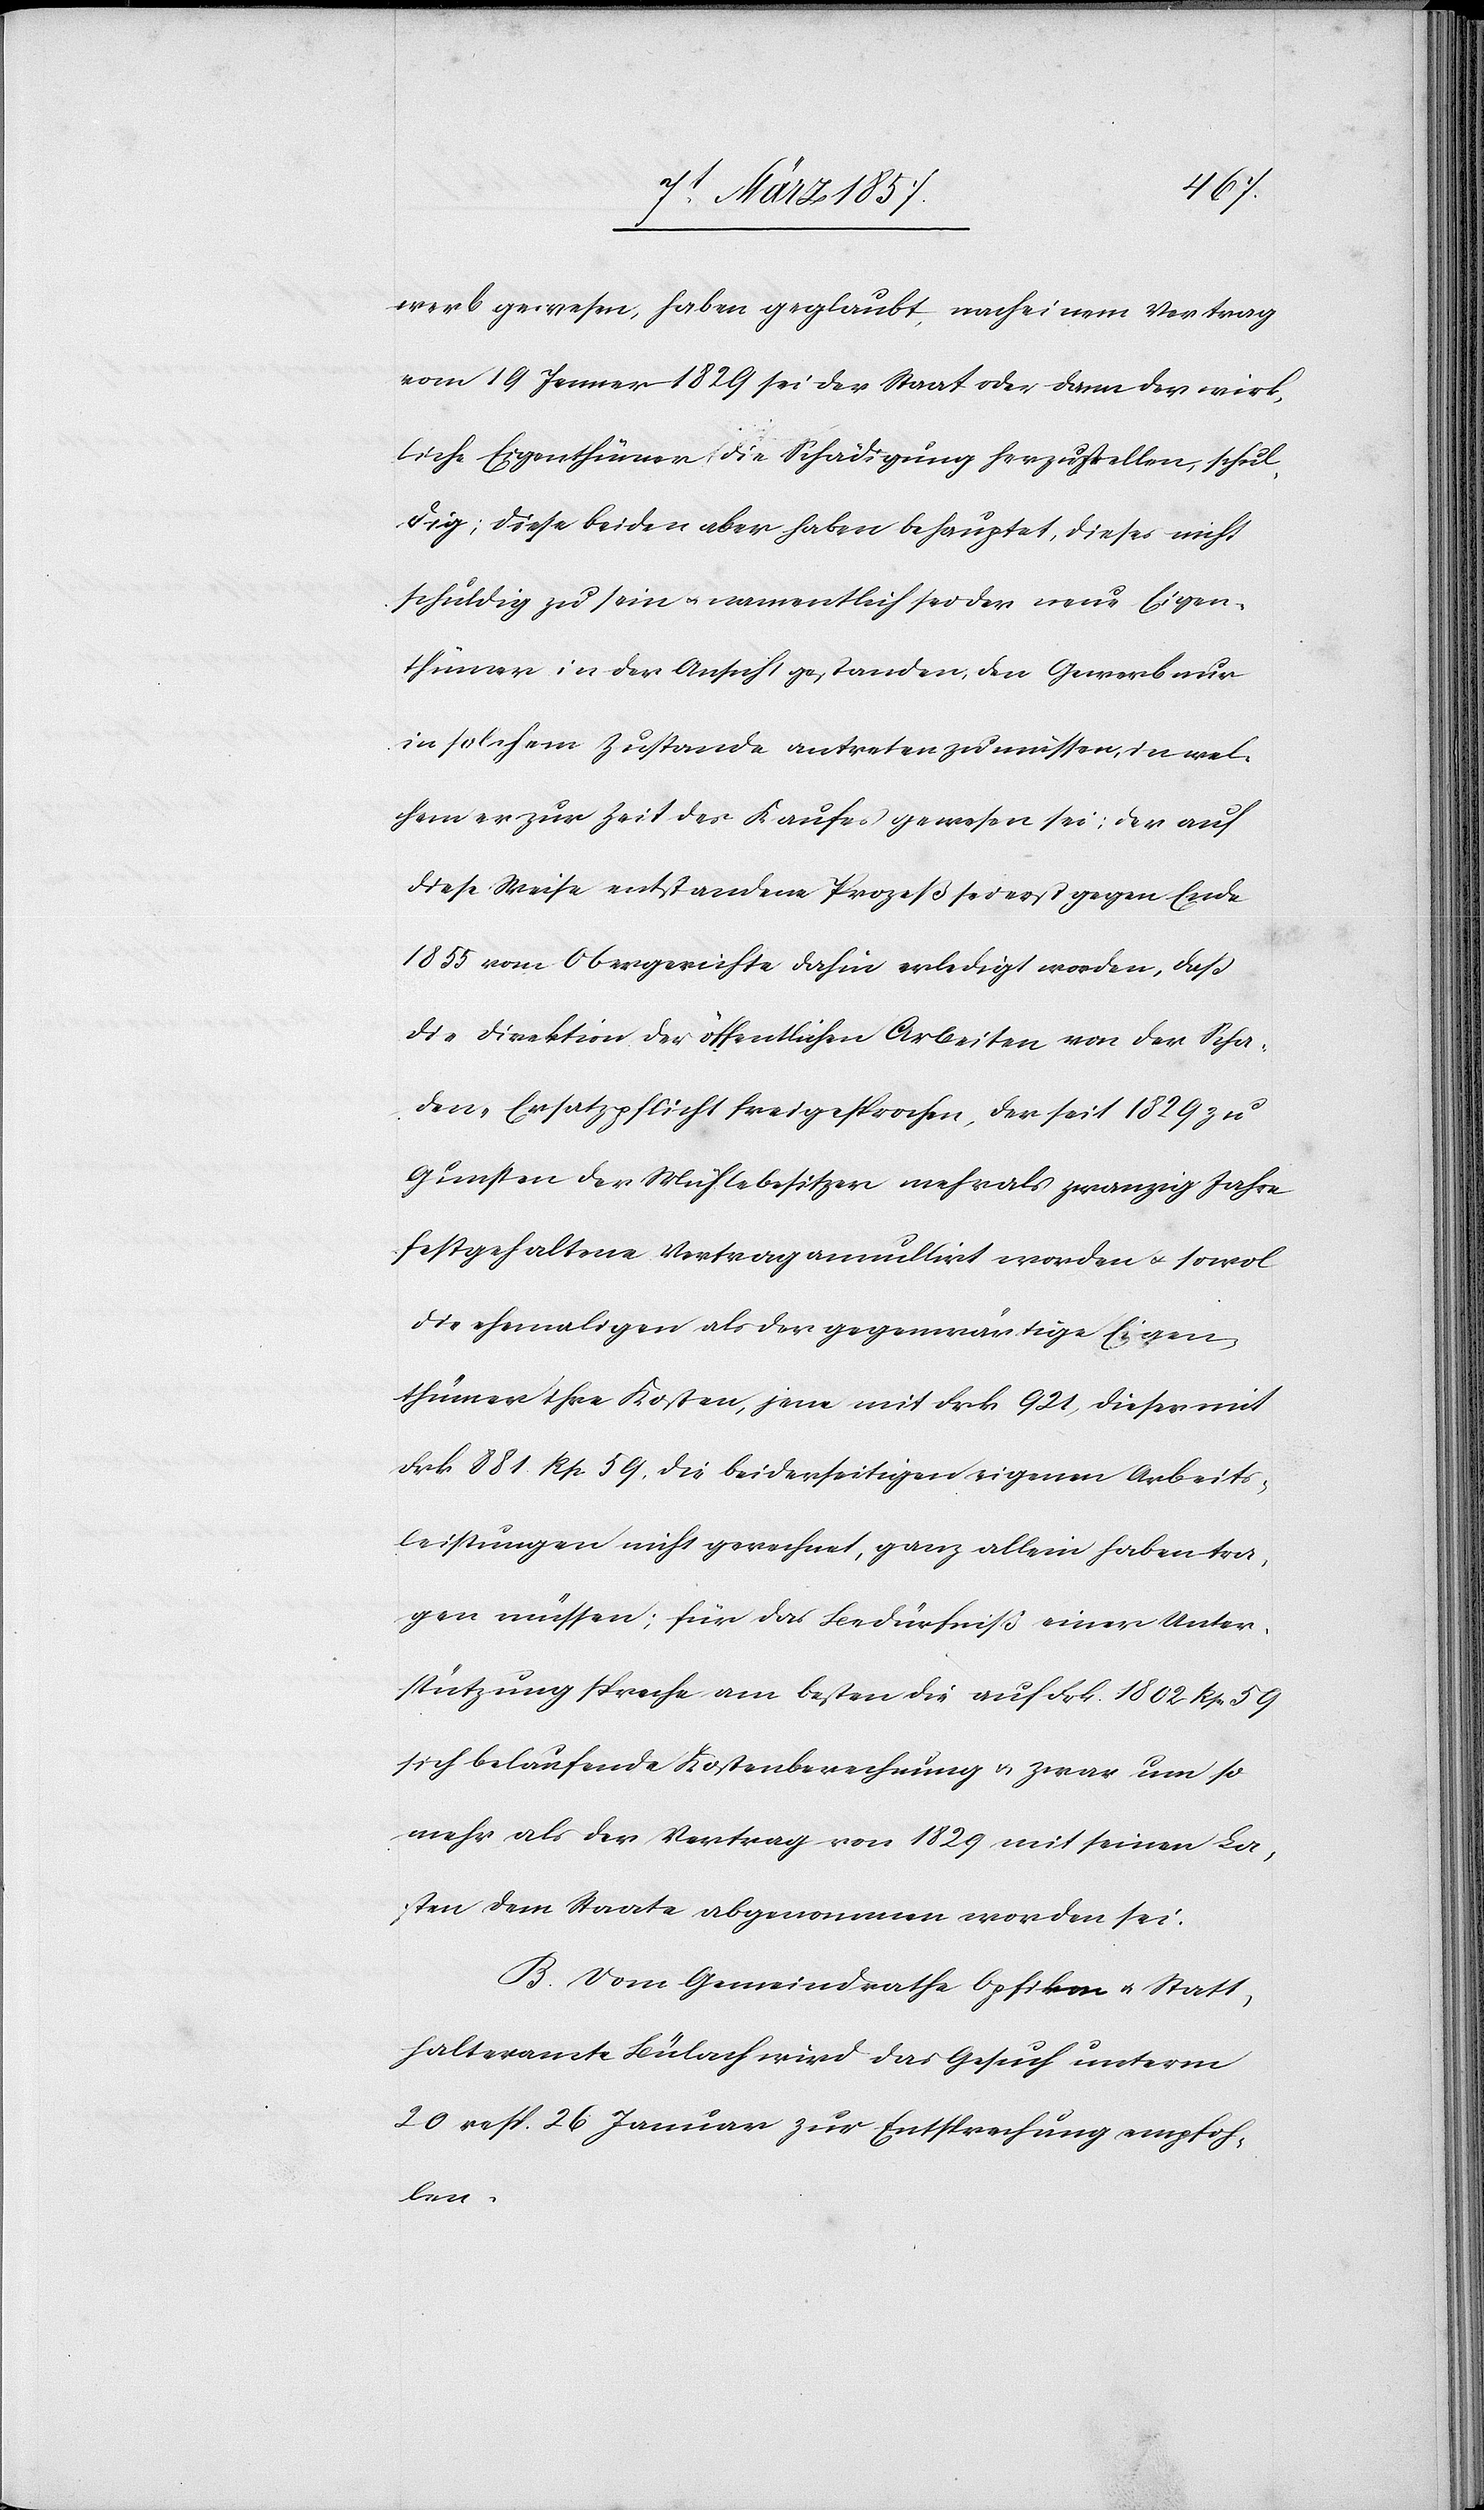
werb gewesen, haben geglaubt, nach einem Vertrag
vom 19 Jenner 1829 sei der Staat oder dann der wirk¬
liche Eigenthümer die Schädigung herzustellen, schul¬
dig; diese beiden aber haben behauptet, dieses nicht
schuldig zu sein u. namentlich sei der neue Eigen¬
thümer in der Ansicht gestanden, den Gewerb nur
in solchem Zustande antreten zu müssen, in wel¬
chem er zur Zeit des Kaufes gewesen sei; der auf
diese Weise entstandene Prozeß sei erst gegen Ende
1855 vom Obergerichte dahin erledigt worden, daß
die Direktion der öffentlichen Arbeiten von der Scha¬
den-Ersatzpflicht freigesprochen, der seit 1829 zu
Gunsten der Mühlebesitzer mehr als zwanzig Jahre
festgehaltene Vertrag annullirt worden u. sowol
die ehemaligen als der gegenwärtige Eigen¬
thümer ihre Kosten, jene mit Frk 921 dieser mit
Frk 881 Rp. 59 die beiderseitigen eigenen Arbeits¬
leistungen nicht gerechnet, ganz allein haben tra¬
gen müssen; für das Bedürfniß einer Unter¬
stützung spreche am besten die auf Frk. 1802 Rp 59
sich belaufende Kostenberechnung u. zwar um so
mehr als der Vertrag von 1829 mit seinen La¬
sten dem Staate abgenommen worden sei.
B. Vom Gemeindrathe Opfikon u. Statt¬
halteramte Bülach wird das Gesuch unterm
20 resp. 26 Januar zur Entsprechung empfoh¬
len.